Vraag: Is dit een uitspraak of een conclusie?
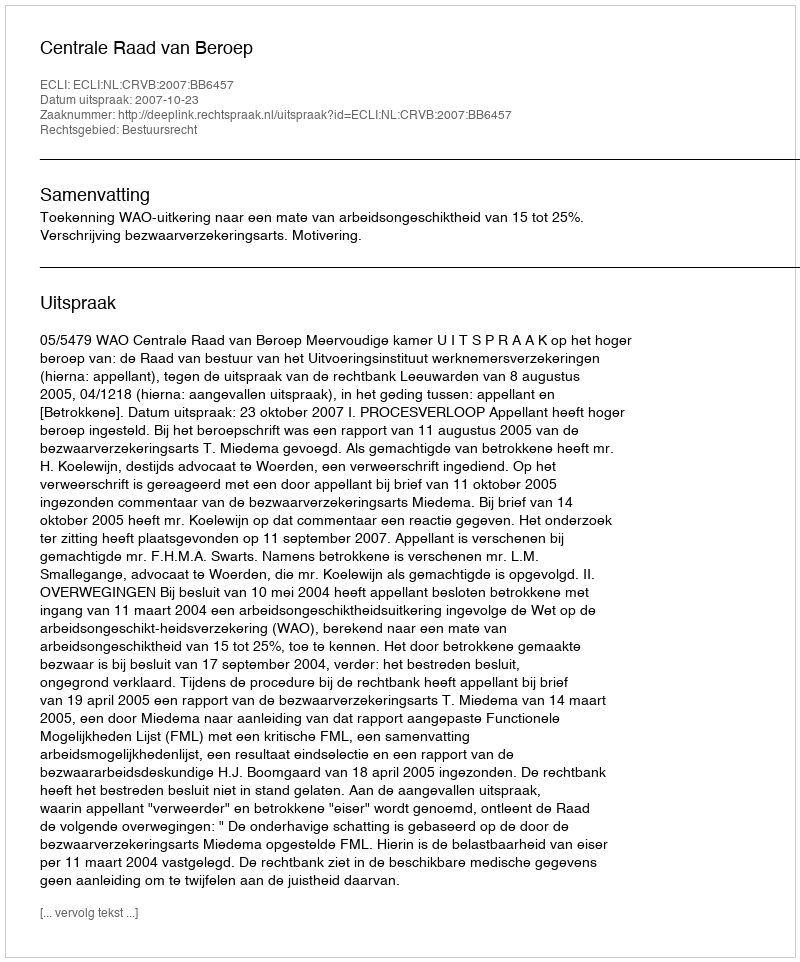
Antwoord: Uitspraak